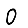
Digit: 0